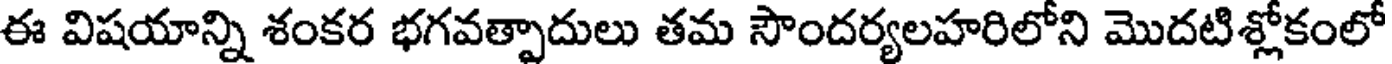
ఈ విషయాన్ని శంకర భగవత్పాదులు తమ సౌందర్యలహరిలోని మొదటిశ్లోకంలో